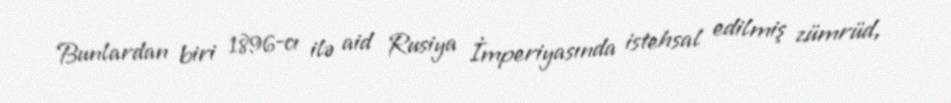
Bunlardan biri 1896-cı ilə aid Rusiya İmperiyasında istehsal edilmiş zümrüd,